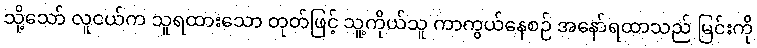
သို့သော် လူငယ်က သူရထားသော တုတ်ဖြင့် သူ့ကိုယ်သူ ကာကွယ်နေစဉ် အနော်ရထာသည် မြင်းကို